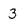
Character: 3